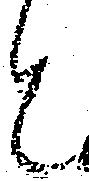
と